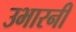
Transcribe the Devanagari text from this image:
उभारनी